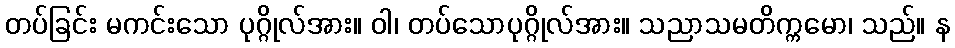
တပ်ခြင်း မကင်းသော ပုဂ္ဂိုလ်အား။ ဝါ၊ တပ်သောပုဂ္ဂိုလ်အား။ သညာသမတိက္ကမော၊ သည်။ န